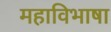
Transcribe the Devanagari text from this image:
महाविभाषा